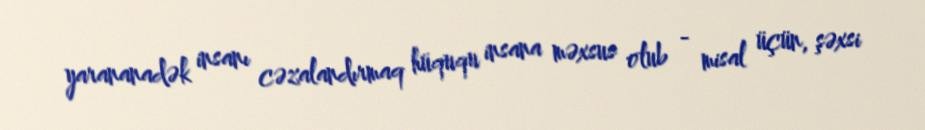
yarananadək insanı cəzalandırmaq hüququ insana məxsus olub - misal üçün, şəxsi